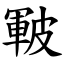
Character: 皸